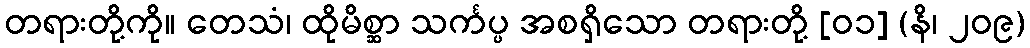
တရားတို့ကို။ တေသံ၊ ထိုမိစ္ဆာ သင်္ကပ္ပ အစရှိသော တရားတို့ [၀၁] (နိ၊ ၂၀၉)